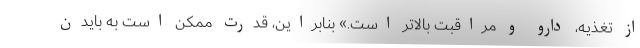
از تغذیه، دارو و مراقبت بالاتر است.» بنابراین، قدرت ممکن است به بایدن